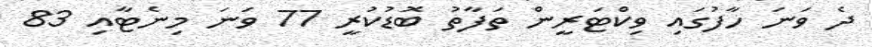
ދެ ވަނަ ހާފުގައި ވިކްޓަރީން ތަފާތު ބޮޑުކުރީ 77 ވަނަ މިނެޓާއި 83